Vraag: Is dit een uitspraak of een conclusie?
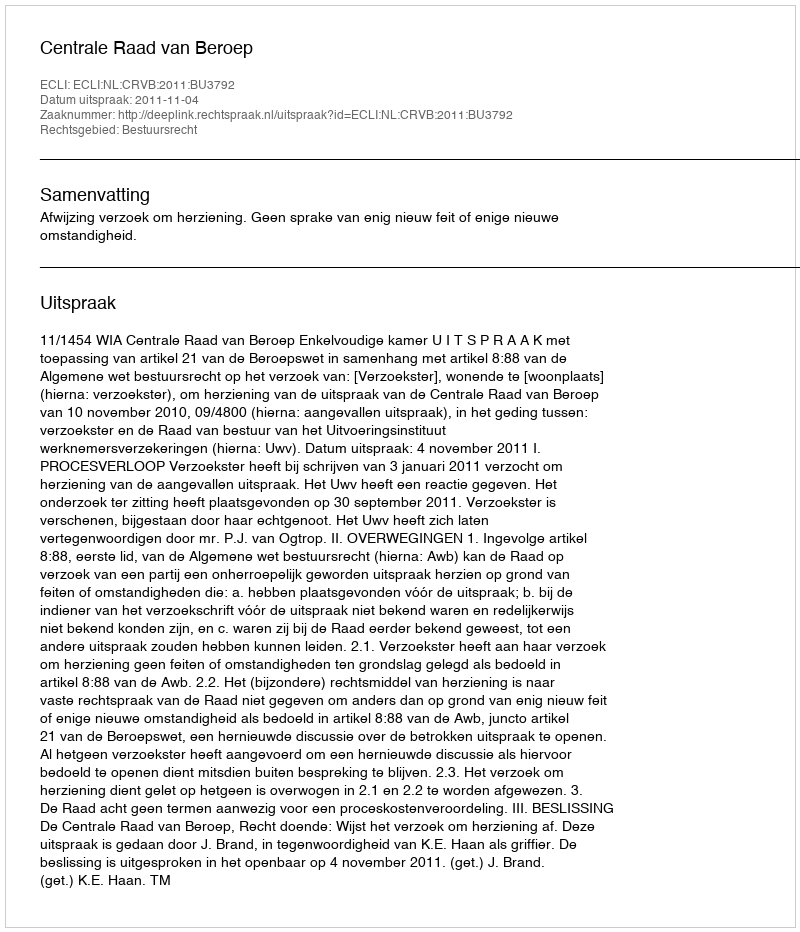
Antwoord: Uitspraak